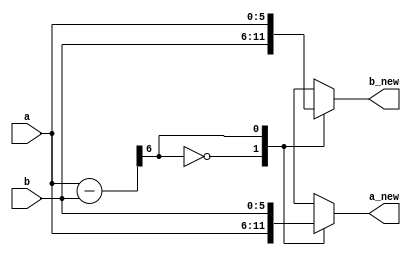
`timescale 1 ns / 100 ps

`define SNG_WIDTH 6
`define NUM_INPUTS 2


module cas (
    a,
    b,
    a_new,
    b_new
    );

   input [`SNG_WIDTH-1:0]        a,b;
   output reg [`SNG_WIDTH-1:0]     a_new,b_new;
   
   wire [`SNG_WIDTH:0]       a_sub_b;
   

   
   

   ///always_comb 
   ///  begin
   ///   assign a_sub_b = a - b;
   ///   case (a_sub_b[`SNG_WIDTH-1])
   ///     0 : assign gt_out = a, assign lt_out = b;
   ///     1 : assign gt_out = b, assign lt_out = a;
   ///   endcase // case (a_sub_b[`SNG_WIDTH-1])
   ///   
   ///  end

   assign a_sub_b = a - b;
   

   always @(*) begin
   	//assign a_sub_b = a - b;
   	case (a_sub_b[`SNG_WIDTH])
   	  0 : begin
   	     a_new = a;
   	     b_new = b;       
   	  end
   	  1 : begin
   	     a_new = b;
   	     b_new = a;
   	  end
   	  
   	endcase // case (a_sub_b[`SNG_WIDTH-1])
   end // always @ (*)
   
   
   
   
   
   
endmodule // dsc_mul